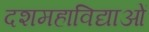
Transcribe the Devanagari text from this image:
दशमहाविद्याओं